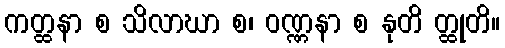
ကတ္ထနာ စ သိလာဃာ စ၊ ဝဏ္ဏနာ စ နုတိ တ္ထုတိ။